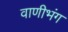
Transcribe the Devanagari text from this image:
वाणीभंग